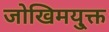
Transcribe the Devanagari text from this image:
जोखिमयु्क्त